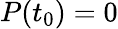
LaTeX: P(t_{0})=0